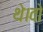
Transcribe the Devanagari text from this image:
थे।वो